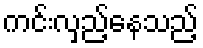
ကင်းလှည့်နေသည့်